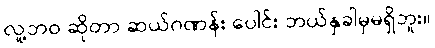
လူ့ဘဝ ဆိုတာ ဆယ်ဂဏန်း ပေါင်း ဘယ်နှခါမှမရှိဘူး။